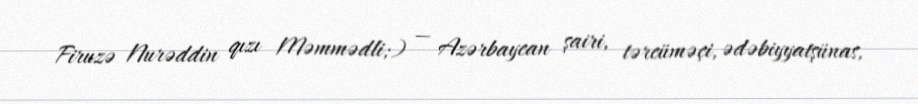
Firuzə Nurəddin qızı Məmmədli;) — Azərbaycan şairi, tərcüməçi, ədəbiyyatşünas,